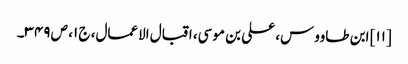
[۱۱] ابن طاووس، علی بن موسی، اقبال الاعمال، ج ۱، ص ۳۴۹۔